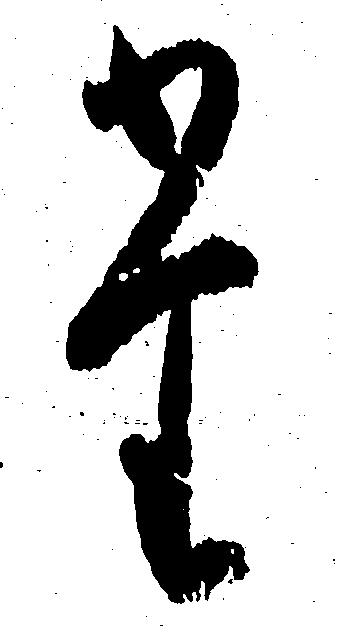
た